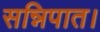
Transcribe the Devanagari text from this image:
सन्निपात।